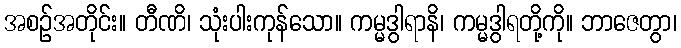
အစဉ်အတိုင်း။ တီဏိ၊ သုံးပါးကုန်သော။ ကမ္မဒွါရာနိ၊ ကမ္မဒွါရတို့ကို။ ဘာဇေတွာ၊